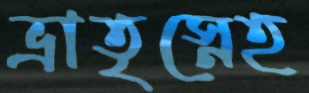
ভ্রাতৃস্নেহ